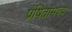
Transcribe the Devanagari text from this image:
प्रेषितांमध्ये